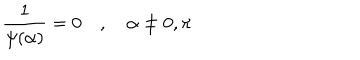
{ \frac { 1 } { \psi ( \alpha ) } } = 0 \quad , \quad \alpha \neq 0 , \pi